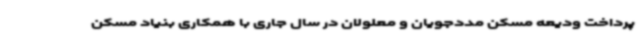
پرداخت ودیعه مسکن مددجویان و معلولان در سال جاری با همکاری بنیاد مسکن